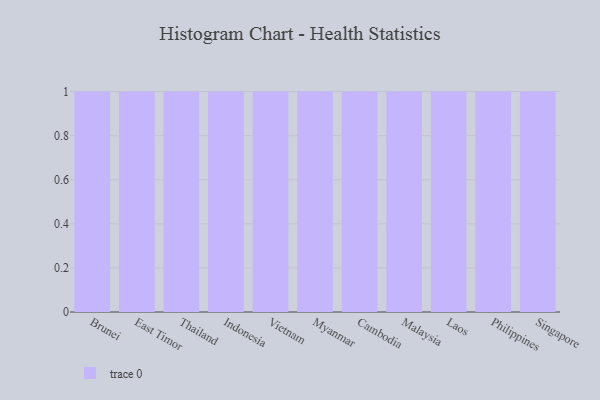
{"axis": {"x": "Country", "y": "Market Share (%)"}, "legend": [""], "data": [{"x": "Brunei", "y": 87, "type": ""}, {"x": "East Timor", "y": 82, "type": ""}, {"x": "Thailand", "y": 35, "type": ""}, {"x": "Indonesia", "y": 51, "type": ""}, {"x": "Vietnam", "y": 20, "type": ""}, {"x": "Myanmar", "y": 44, "type": ""}, {"x": "Cambodia", "y": 98, "type": ""}, {"x": "Malaysia", "y": 31, "type": ""}, {"x": "Laos", "y": 43, "type": ""}, {"x": "Philippines", "y": 72, "type": ""}, {"x": "Singapore", "y": 52, "type": ""}]}